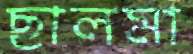
ছালমা